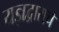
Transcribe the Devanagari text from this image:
यज्ञद्वाराचे